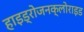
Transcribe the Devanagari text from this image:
हाइड्रोजनक्लोराइड